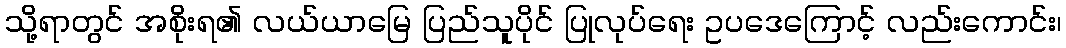
သို့ရာတွင် အစိုးရ၏ လယ်ယာမြေ ပြည်သူပိုင် ပြုလုပ်ရေး ဥပဒေကြောင့် လည်းကောင်း၊